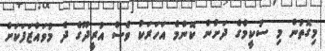
މިގޮތުން މި ސުކީމްގެ ދަށުން ކޮންމެ އަހަރަކު ވެސް އުރީދޫގެ ދެ މުވައްޒަފަކަށް